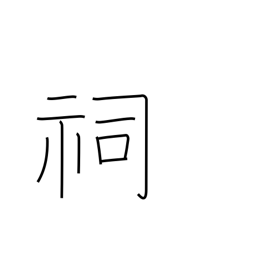
Meaning: small shrine